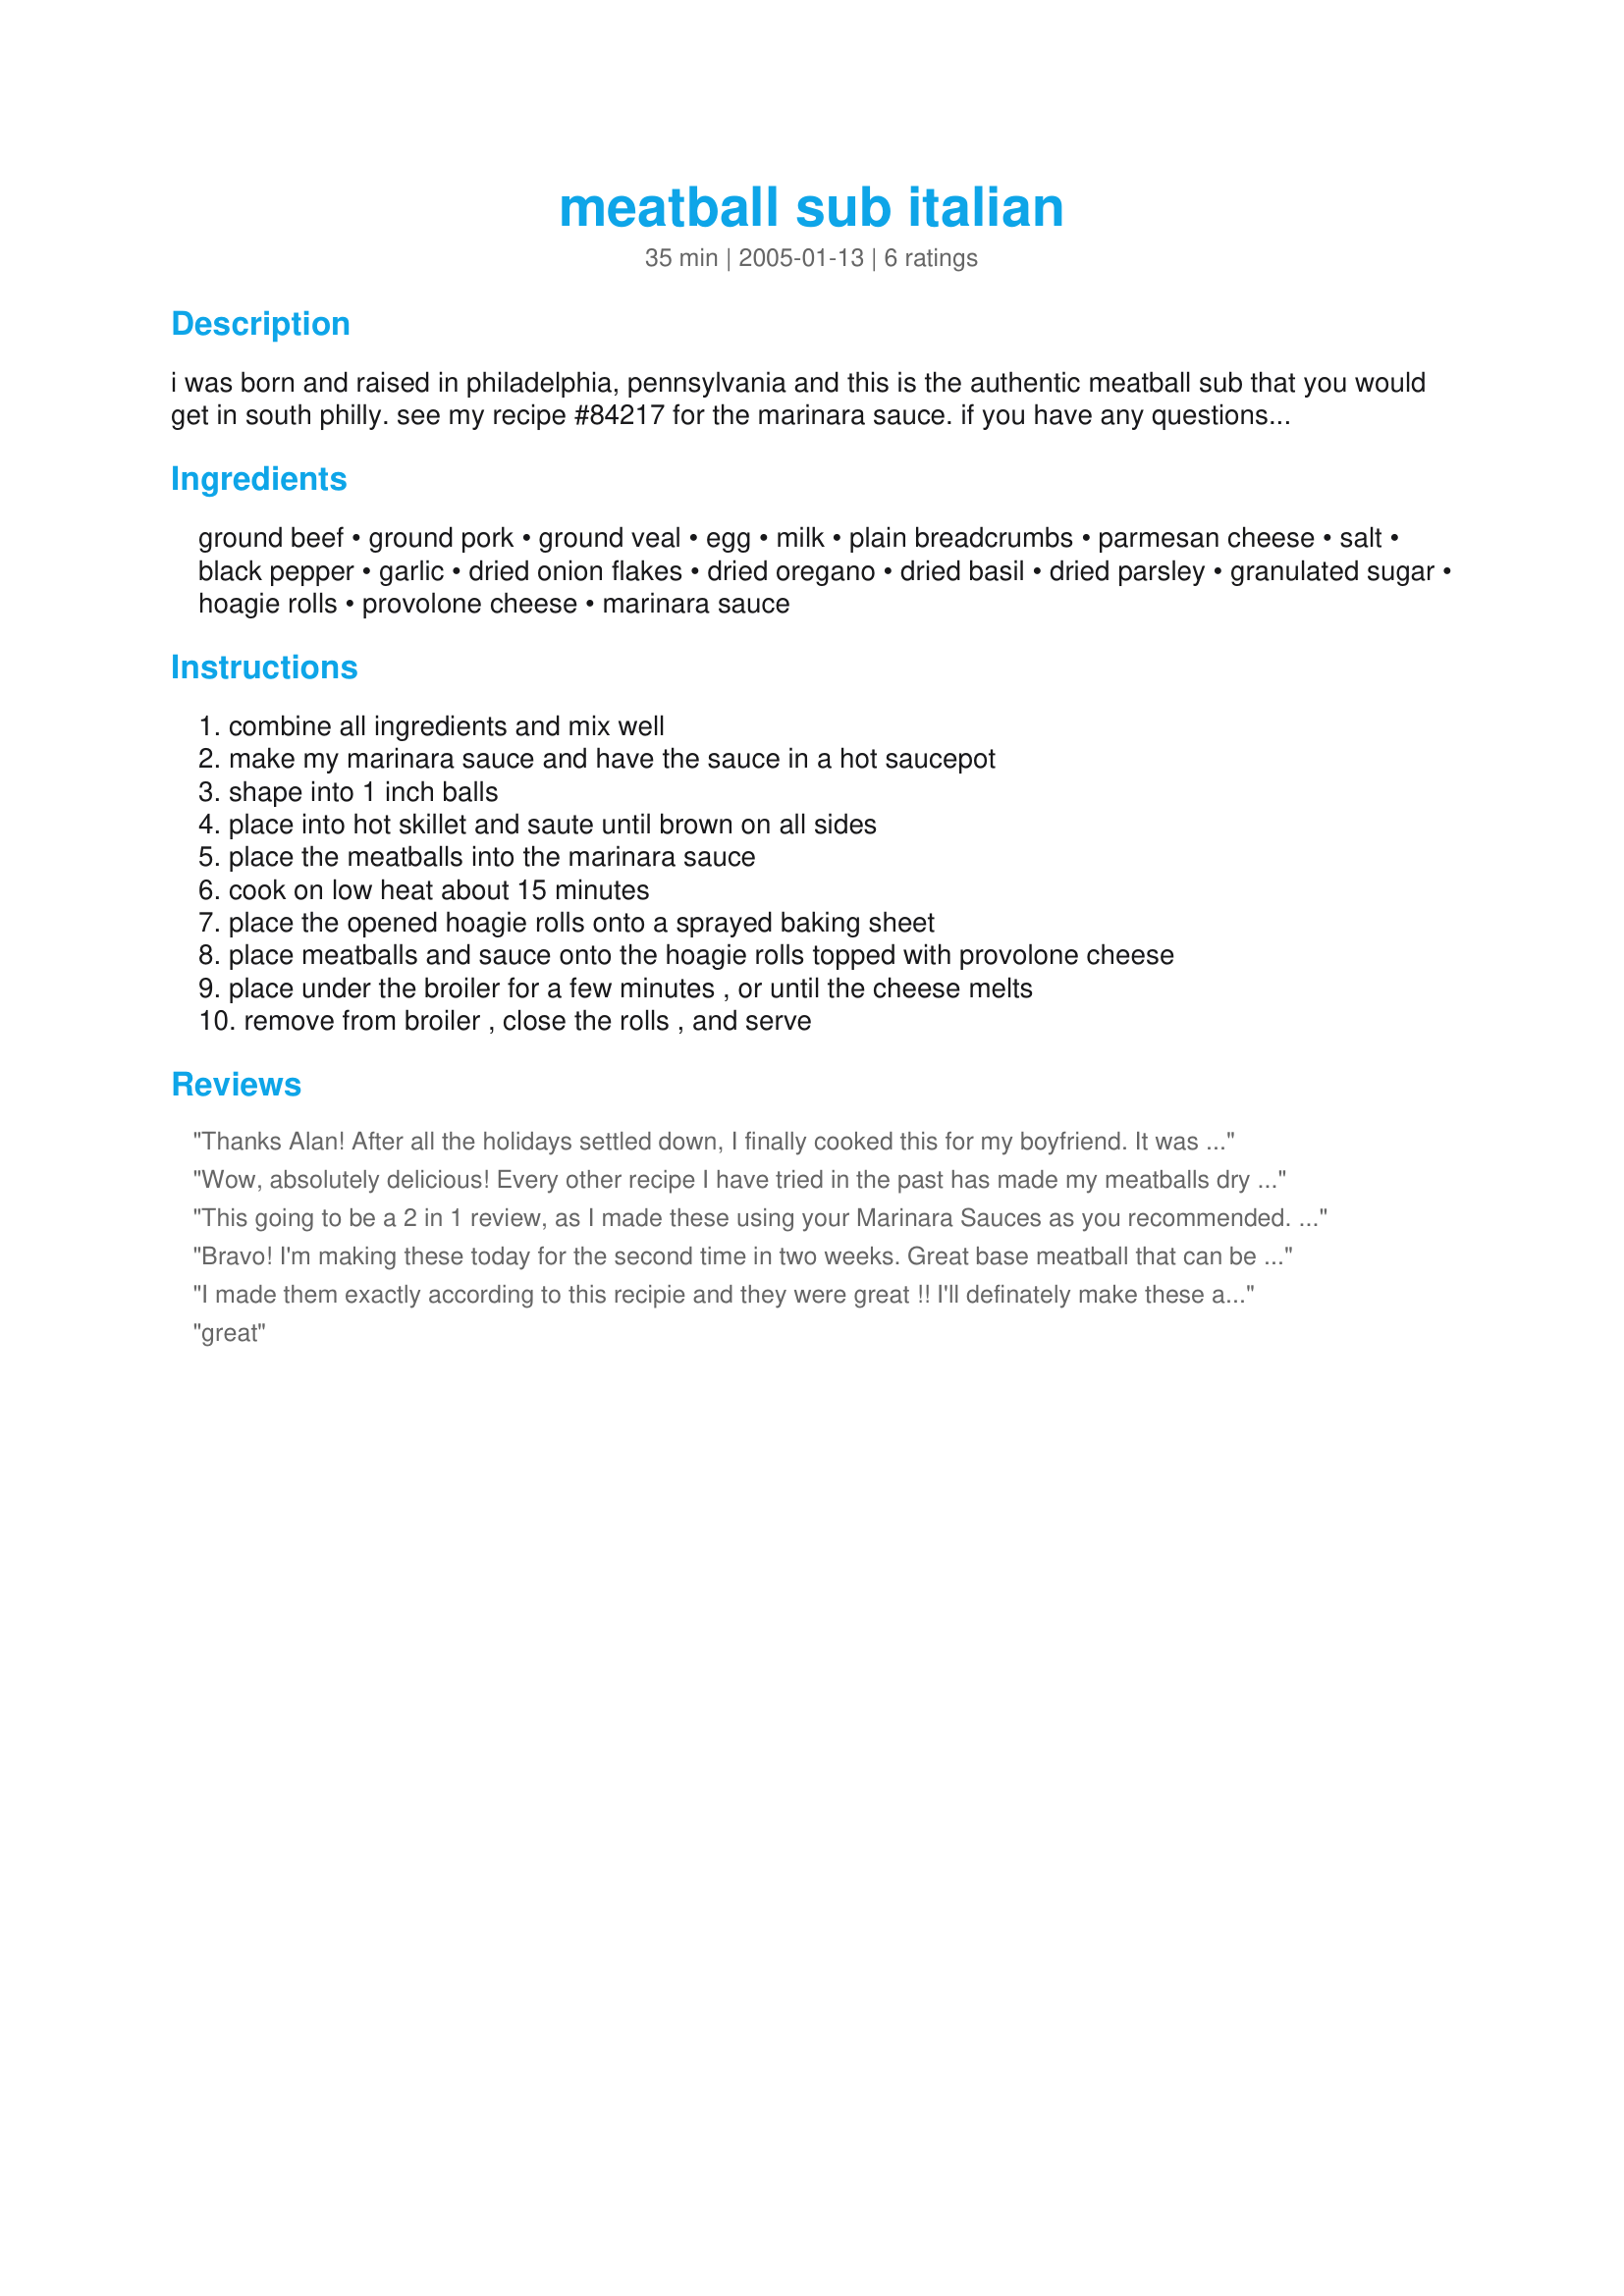
meatball sub italian
Preparation time: 35 minutes

i was born and raised in philadelphia, pennsylvania and this is the authentic meatball sub that you would get in south philly. see my recipe #84217 for the marinara sauce. if you have any questions, e-mail me: alanleonetti@q.com

Ingredients:
ground beef, ground pork, ground veal, egg, milk, plain breadcrumbs, parmesan cheese, salt, black pepper, garlic, dried onion flakes, dried oregano, dried basil, dried parsley, granulated sugar, hoagie rolls, provolone cheese, marinara sauce

Steps:
combine all ingredients and mix well, make my marinara sauce and have the sauce in a hot saucepot, shape into 1 inch balls, place into hot skillet and saute until brown on all sides, place the meatballs into the marinara sauce, cook on low heat about 15 minutes, place the opened hoagie rolls onto a sprayed baking sheet, place meatballs and sauce onto the hoagie rolls topped with provolone cheese, place under the broiler for a few minutes , or until the cheese melts, remove from broiler , close the rolls , and serve

Reviews:
Thanks Alan! After all the holidays settled down, I finally cooked this for my boyfriend. It was JUST as we remembered it from Reading Terminal Market in Philly and my (Belgian) boyfriend was seriously delighted. We changed nothing except to use baguettes rather than hoagie rolls (no such thing here). Thanks again, you made our week!
Wow, absolutely delicious! Every other recipe I have tried in the past has made my meatballs dry and dull. However, this recipe was made the meatballs have a crispy tecture on the outside and when you bit into them the inside was bursting wit flavors and moister than I have ever imagined!! Thank you so much for this recipe everyone at my party was complimenting the meatballs' moisture :)
This going to be a 2 in 1 review, as I made these using your Marinara Sauces as you recommended.

The meatballs: I didn't have any veal,so I just used equal parts of pork and beef. I doubled the recipe, so I could have leftovers to freeze and use at another time.
These meatballs were very easy to make and were probably the moistest meatballs I've ever made. Others I've made usually turn out a bit dry. Delicious. I'll definatly make these again. Hopefully, I'll find some veal in the mean time.

For the Sauce....
Or should I go over to that recipe and give a review separately on that one? Hmmmm(?)....I'll meet you over there.
Bravo! I'm making these today for the second time in two weeks. Great base meatball that can be easily altered to compliment any sauce.
I made them exactly according to this recipie and they were great !! I'll definately make these again.
great
